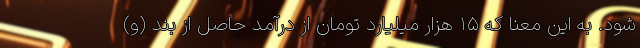
شود. به این معنا که ۱۵ هزار میلیارد تومان از درآمد حاصل از بند (و)